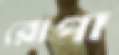
রোপা